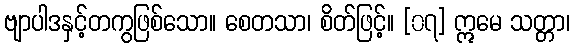
ဗျာပါဒနှင့်တကွဖြစ်သော။ စေတသာ၊ စိတ်ဖြင့်။ [၀၇] ဣမေ သတ္တာ၊